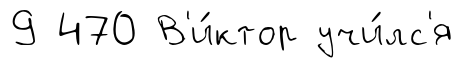
9 470 В'и́ктор учи́лс'я